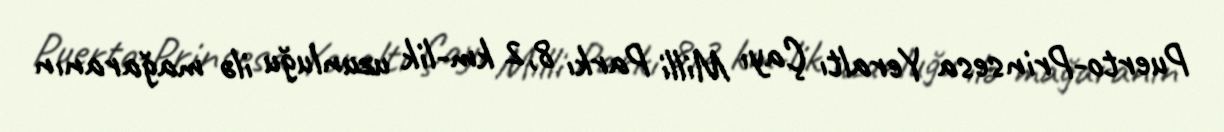
Puerto-Prinsesa Yeraltı Çayı Milli Parkı 8,2 km-lik uzunluğu ilə mağaranın